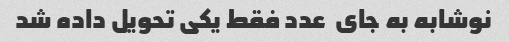
نوشابه به جای  عدد فقط یکی تحویل داده شد